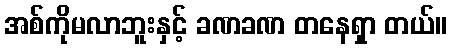
အစ်ကိုမလာဘူးနှင့် ခဏခဏ တနေရှာ တယ်။